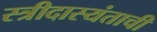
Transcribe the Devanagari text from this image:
स्त्रीदास्यंताची